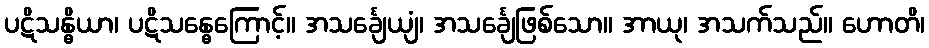
ပဋိသန္ဓိယာ၊ ပဋိသန္ဓေကြောင့်။ အသင်္ချေယျံ၊ အသင်္ချေဖြစ်သော။ အာယု၊ အသက်သည်။ ဟောတိ၊